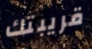
قريبتك